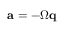
\mathbf a = - \Omega \mathbf q